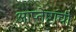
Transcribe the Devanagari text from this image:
आप्तेष्टांची